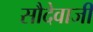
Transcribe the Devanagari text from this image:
सौदेवाजी